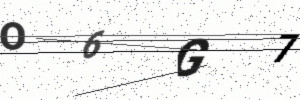
Text: O6G7